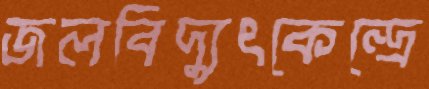
জলবিদ্যুৎকেন্দ্রে